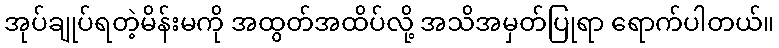
အုပ်ချုပ်ရတဲ့မိန်းမကို အထွတ်အထိပ်လို့ အသိအမှတ်ပြုရာ ရောက်ပါတယ်။